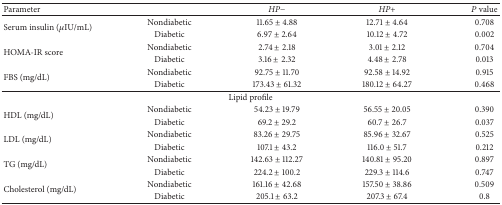
| Parameter |  | HP− | HP+ | P value |
 | --- | --- | --- | --- | --- |
 | <ROWSPAN=2> Serum insulin (μIU/mL) | Nondiabetic | 11.65 ± 4.88 | 12.71 ± 4.64 | 0.708 |
 | Diabetic | 6.97 ± 2.64 | 10.12 ± 4.72 | 0.002 |
 | <ROWSPAN=2> HOMA-IR score | Nondiabetic | 2.74 ± 2.18 | 3.01 ± 2.12 | 0.704 |
 | Diabetic | 3.16 ± 2.32 | 4.48 ± 2.78 | 0.013 |
 | <ROWSPAN=2> FBS (mg/dL) | Nondiabetic | 92.75 ± 11.70 | 92.58 ± 14.92 | 0.915 |
 | Diabetic | 173.43 ± 61.32 | 180.12 ± 64.27 | 0.468 |
 | <COLSPAN=5> Lipid profile |
 | <ROWSPAN=2> HDL (mg/dL) | Nondiabetic | 54.23 ± 19.79 | 56.55 ± 20.05 | 0.390 |
 | Diabetic | 69.2 ± 29.2 | 60.7 ± 26.7 | 0.037 |
 | <ROWSPAN=2> LDL (mg/dL) | Nondiabetic | 83.26 ± 29.75 | 85.96 ± 32.67 | 0.525 |
 | Diabetic | 107.1 ± 43.2 | 116.0 ± 51.7 | 0.212 |
 | <ROWSPAN=2> TG (mg/dL) | Nondiabetic | 142.63 ± 112.27 | 140.81 ± 95.20 | 0.897 |
 | Diabetic | 224.2 ± 100.2 | 229.3 ± 114.6 | 0.747 |
 | <ROWSPAN=2> Cholesterol (mg/dL) | Nondiabetic | 161.16 ± 42.68 | 157.50 ± 38.86 | 0.509 |
 | Diabetic | 205.1 ± 63.2 | 207.3 ± 67.4 | 0.8 |